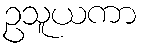
ဥသူယကာ